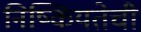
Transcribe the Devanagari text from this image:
निष्कियतेची